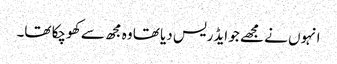
انہوں نے مجھے جو ایڈریس دیا تھا وہ مجھ سے کھو چکا تھا۔